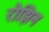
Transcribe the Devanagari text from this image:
रोझिन